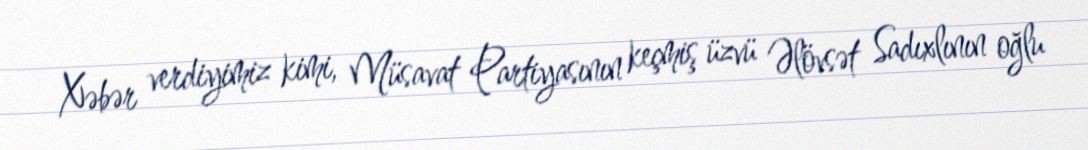
Xəbər verdiyimiz kimi, Müsavat Partiyasının keçmiş üzvü Əlövsət Sadıxlının oğlu